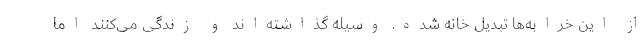
از این خرابه‌ها تبدیل خانه شده. وسیله گذاشته‌اند و زندگی می‌کنند اما